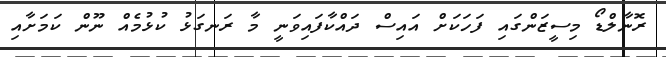
ރޮނާލްޑޯ މިސީޒަންގައި ފަހަކަށް އައިސް ދައްކާފައިވަނީ މާ ރަނގަޅު ކުޅުމެއް ނޫން ކަމަށާއި